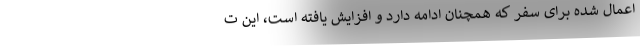
اعمال شده برای سفر که همچنان ادامه دارد و افزایش یافته است، این ت